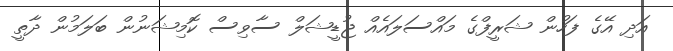
އަދި އޭގެ ފަހުން ޝަރީފްގެ މައްސަލައެއް ޖުޑީޝަލް ސާވިސް ކޮމިޝަނުން ބަލަމުން ދާތީ